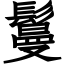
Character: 鬘